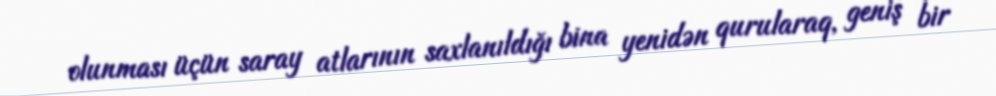
olunması üçün saray atlarının saxlanıldığı bina yenidən qurularaq, geniş bir